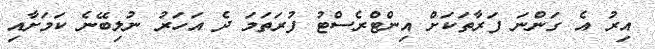
އިރު އެ ގަންނަ ފަރާތަކަށް އިންޓްރެސްޓު ފުރަތަމަ ދެ އަހަރު ނުލިބޭނެ ކަމަށާއި